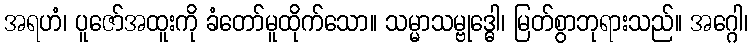
အရဟံ၊ ပူဇော်အထူးကို ခံတော်မူထိုက်သော။ သမ္မာသမ္ဗုဒ္ဓေါ၊ မြတ်စွာဘုရားသည်။ အဂ္ဂေါ၊